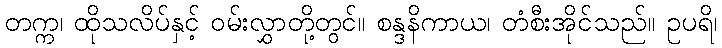
တက္က၊ ထိုသလိပ်နှင့် ဝမ်းလွှာတို့တွင်။ စန္ဒနိကာယ၊ တံစီးအိုင်သည်။ ဥပရိ၊